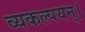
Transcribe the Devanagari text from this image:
व्यकल्पयन्।